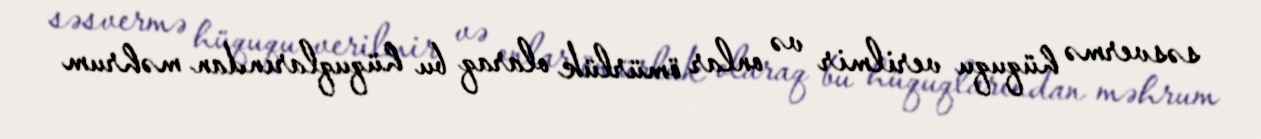
səsvermə hüququ verilmir və onlar ömürlük olaraq bu hüquqlarından məhrum